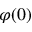
\varphi ( 0 )